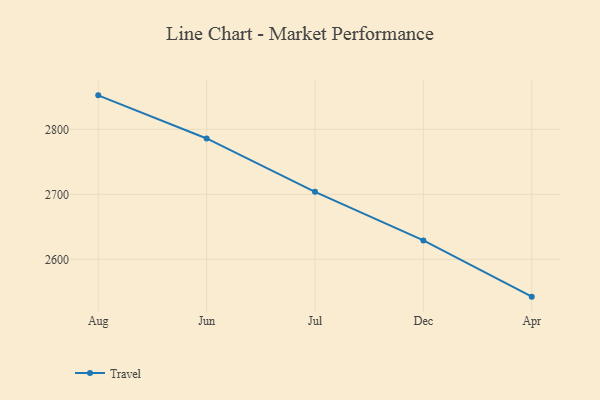
{"axis": {"x": "Month", "y": "LTV (USD)"}, "legend": ["Travel"], "data": [{"x": "Aug", "y": 2852.2, "type": "Travel"}, {"x": "Jun", "y": 2785.9, "type": "Travel"}, {"x": "Jul", "y": 2703.8, "type": "Travel"}, {"x": "Dec", "y": 2629.2, "type": "Travel"}, {"x": "Apr", "y": 2542.7, "type": "Travel"}]}